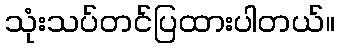
သုံးသပ်တင်ပြထားပါတယ်။